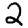
Digit: 2